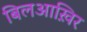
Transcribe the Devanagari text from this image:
बिलआख़िर